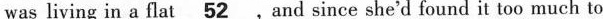
was living in a flat\underline52,and since she'd found it too much to